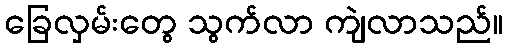
ခြေလှမ်းတွေ သွက်လာ ကျဲလာသည်။